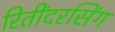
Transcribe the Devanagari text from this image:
रितींदरसिंग